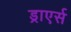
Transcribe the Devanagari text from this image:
ड्राएर्स